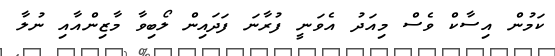
ކަމުން އިސާކް ވެސް މިއަދު އެވަނީ ފުރާނަ ފަދައިން ލޯބިވާ މާޒިންއާއި ނުލާ